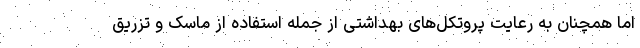
اما همچنان به رعایت پروتکل‌های بهداشتی از جمله استفاده از ماسک و تزریق